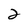
Character: 2